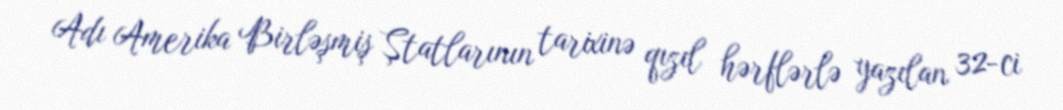
Adı Amerika Birləşmiş Ştatlarının tarixinə qızıl hərflərlə yazılan 32-ci